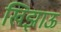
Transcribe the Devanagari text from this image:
खिझाऊ